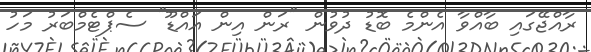
ރާއްޖޭގައި ބާއްވާ އެންމެ ބޮޑު ދުވުން "ރަން އިން އައްޑޫ" ސެޕްޓެމްބަރު މަހު